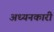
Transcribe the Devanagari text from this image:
अध्यनकारी